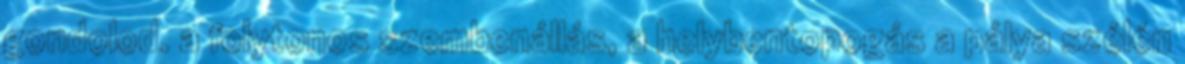
gondolod. a folytonos szembenállás, a helybentopogás a pálya szélén